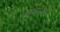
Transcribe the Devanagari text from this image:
तृष्णाओं